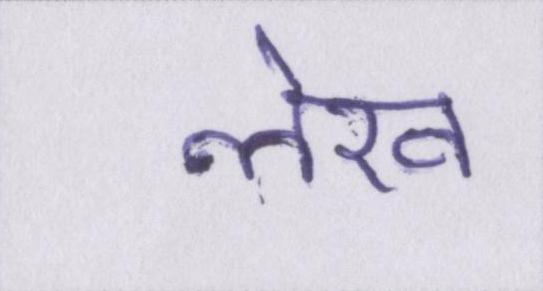
लेख